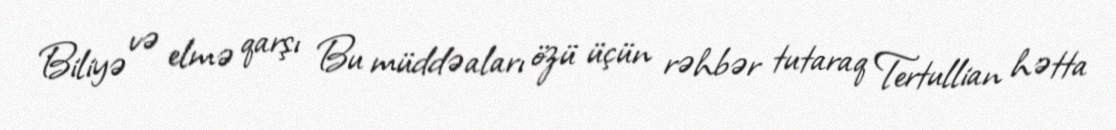
Biliyə və elmə qarşı Bu müddəaları özü üçün rəhbər tutaraq Tertullian hətta